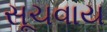
સૂચવાય